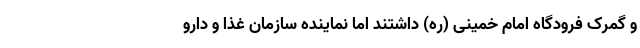
و گمرک فرودگاه امام خمینی (ره) داشتند اما نماینده سازمان غذا و دارو